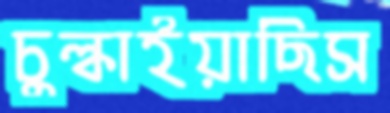
চুল্‌কাইয়াছিস